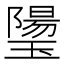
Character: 𰢒